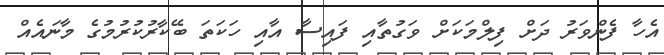
އެހާ ފެންވަރު ދަށް ފިލްމަކަށް ވަގުތާއި ފައިސާ އާއި ހަކަތަ ބޭކާރުކުރުމުގެ މާނައެއް